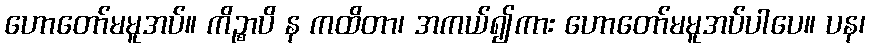
ဟောတော်မမူအပ်။ ကိဉ္စာပိ န ကထိတာ၊ အကယ်၍ကား ဟောတော်မမူအပ်ပါပေ။ ပန၊